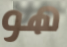
هو